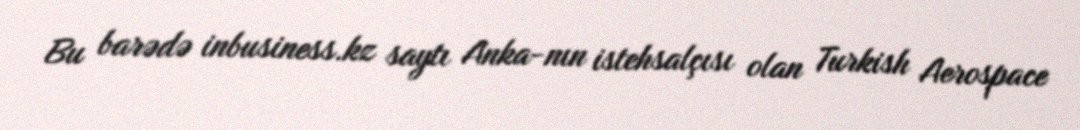
Bu barədə inbusiness.kz saytı Anka-nın istehsalçısı olan Turkish Aerospace